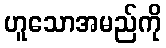
ဟူသောအမည်ကို